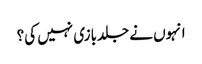
انہوں نے جلدبازی نہیں کی؟